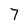
Character: 7